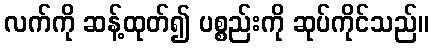
လက်ကို ဆန့်ထုတ်၍ ပစ္စည်းကို ဆုပ်ကိုင်သည်။